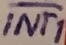
Text: INT1